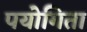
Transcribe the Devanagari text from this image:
पयोगिता